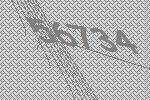
56734